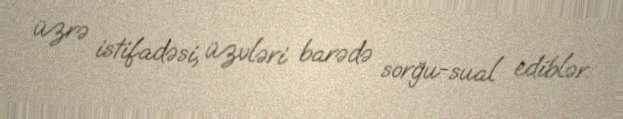
üzrə istifadəsi, üzvləri barədə sorğu-sual ediblər.